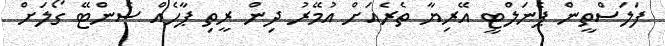
ފަލަސްތީން ޕެނަލްޓީ އޭރިޔާ ތެރެއަށް އުމޭރު ދިން ރީތި ޕާހެއް ސެންޓޭ ގޯލަށް